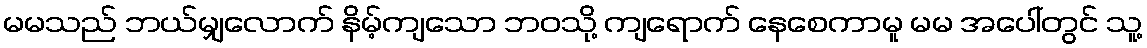
မမသည် ဘယ်မျှလောက် နိမ့်ကျသော ဘဝသို့ ကျရောက် နေစေကာမူ မမ အပေါ်တွင် သူ့